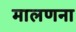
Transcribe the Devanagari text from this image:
मालणना